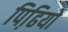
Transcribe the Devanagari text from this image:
पिढि़यों